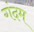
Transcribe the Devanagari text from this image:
गंदम